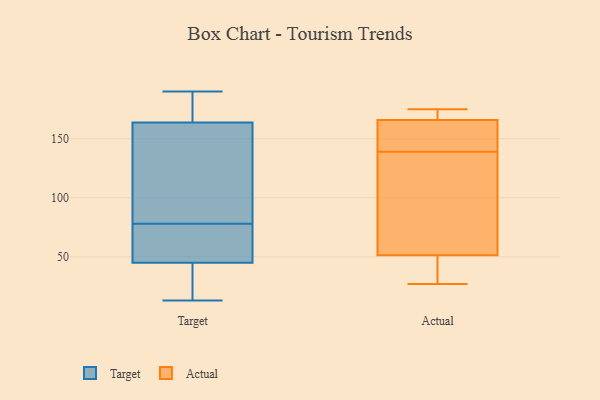
{"axis": {"x": "Customer Acquisition Cost (USD)", "y": "Value"}, "legend": ["Actual", "Target"], "data": [{"x": "", "y": 184, "type": "Target"}, {"x": "", "y": 133, "type": "Target"}, {"x": "", "y": 71, "type": "Target"}, {"x": "", "y": 190, "type": "Target"}, {"x": "", "y": 181, "type": "Target"}, {"x": "", "y": 13, "type": "Target"}, {"x": "", "y": 81, "type": "Target"}, {"x": "", "y": 163, "type": "Target"}, {"x": "", "y": 164, "type": "Target"}, {"x": "", "y": 78, "type": "Target"}, {"x": "", "y": 57, "type": "Target"}, {"x": "", "y": 41, "type": "Target"}, {"x": "", "y": 19, "type": "Target"}, {"x": "", "y": 61, "type": "Target"}, {"x": "", "y": 15, "type": "Target"}, {"x": "", "y": 39, "type": "Actual"}, {"x": "", "y": 55, "type": "Actual"}, {"x": "", "y": 166, "type": "Actual"}, {"x": "", "y": 149, "type": "Actual"}, {"x": "", "y": 139, "type": "Actual"}, {"x": "", "y": 175, "type": "Actual"}, {"x": "", "y": 103, "type": "Actual"}, {"x": "", "y": 27, "type": "Actual"}, {"x": "", "y": 175, "type": "Actual"}, {"x": "", "y": 152, "type": "Actual"}, {"x": "", "y": 166, "type": "Actual"}, {"x": "", "y": 40, "type": "Actual"}, {"x": "", "y": 72, "type": "Actual"}]}